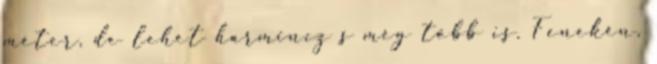
méter, de lehet harmincz s még több is. Fenekén,